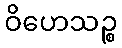
ဝိဟေသဉ္စ